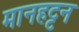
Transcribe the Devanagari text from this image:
मानहट्टन